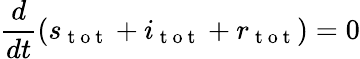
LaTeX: \frac{d}{dt}(s_{\mathrm{~t~o~t~}}+i_{\mathrm{~t~o~t~}}+r_{\mathrm{~t~o~t~}})=0